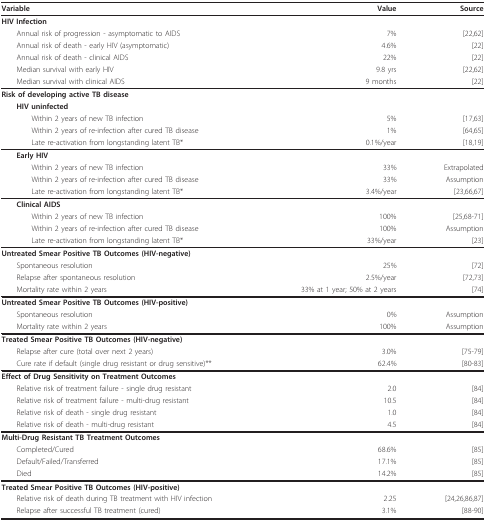
<table><thead><tr><td><b>Variable</b></td><td><b>Value</b></td><td><b>Source</b></td></tr></thead><tbody><tr><td><b>HIV Infection</b></td><td></td><td></td></tr><tr><td> Annual risk of progression - asymptomatic to AIDS</td><td>7%</td><td>[22,62]</td></tr><tr><td> Annual risk of death - early HIV (asymptomatic)</td><td>4.6%</td><td>[22]</td></tr><tr><td> Annual risk of death - clinical AIDS</td><td>22%</td><td>[22]</td></tr><tr><td> Median survival with early HIV</td><td>9.8 yrs</td><td>[22,62]</td></tr><tr><td> Median survival with clinical AIDS</td><td>9 months</td><td>[22]</td></tr><tr><td><b>Risk of developing active TB disease</b></td><td></td><td></td></tr><tr><td> <b>HIV uninfected</b></td><td></td><td></td></tr><tr><td>Within 2 years of new TB infection</td><td>5%</td><td>[17,63]</td></tr><tr><td>Within 2 years of re-infection after cured TB disease</td><td>1%</td><td>[64,65]</td></tr><tr><td>Late re-activation from longstanding latent TB*</td><td>0.1%/year</td><td>[18,19]</td></tr><tr><td> <b>Early HIV</b></td><td></td><td></td></tr><tr><td>Within 2 years of new TB infection</td><td>33%</td><td>Extrapolated</td></tr><tr><td>Within 2 years of re-infection after cured TB disease</td><td>33%</td><td>Assumption</td></tr><tr><td>Late re-activation from longstanding latent TB*</td><td>3.4%/year</td><td>[23,66,67]</td></tr><tr><td> <b>Clinical AIDS</b></td><td></td><td></td></tr><tr><td>Within 2 years of new TB infection</td><td>100%</td><td>[25,68-71]</td></tr><tr><td>Within 2 years of re-infection after cured TB disease</td><td>100%</td><td>Assumption</td></tr><tr><td>Late re-activation from longstanding latent TB*</td><td>33%/year</td><td>[23]</td></tr><tr><td><b>Untreated Smear Positive TB Outcomes (HIV-negative)</b></td><td></td><td></td></tr><tr><td> Spontaneous resolution</td><td>25%</td><td>[72]</td></tr><tr><td> Relapse after spontaneous resolution</td><td>2.5%/year</td><td>[72,73]</td></tr><tr><td> Mortality rate within 2 years</td><td>33% at 1 year; 50% at 2 years</td><td>[74]</td></tr><tr><td><b>Untreated Smear Positive TB Outcomes (HIV-positive)</b></td><td></td><td></td></tr><tr><td> Spontaneous resolution</td><td>0%</td><td>Assumption</td></tr><tr><td> Mortality rate within 2 years</td><td>100%</td><td>Assumption</td></tr><tr><td><b>Treated Smear Positive TB Outcomes (HIV-negative)</b></td><td></td><td></td></tr><tr><td> Relapse after cure (total over next 2 years)</td><td>3.0%</td><td>[75-79]</td></tr><tr><td> Cure rate if default (single drug resistant or drug sensitive)**</td><td>62.4%</td><td>[80-83]</td></tr><tr><td><b>Effect of Drug Sensitivity on Treatment Outcomes</b></td><td></td><td></td></tr><tr><td> Relative risk of treatment failure - single drug resistant</td><td>2.0</td><td>[84]</td></tr><tr><td> Relative risk of treatment failure - multi-drug resistant</td><td>10.5</td><td>[84]</td></tr><tr><td> Relative risk of death - single drug resistant</td><td>1.0</td><td>[84]</td></tr><tr><td> Relative risk of death - multi-drug resistant</td><td>4.5</td><td>[84]</td></tr><tr><td><b>Multi-Drug Resistant TB Treatment Outcomes</b></td><td></td><td></td></tr><tr><td> Completed/Cured</td><td>68.6%</td><td>[85]</td></tr><tr><td> Default/Failed/Transferred</td><td>17.1%</td><td>[85]</td></tr><tr><td> Died</td><td>14.2%</td><td>[85]</td></tr><tr><td><b>Treated Smear Positive TB Outcomes (HIV-positive)</b></td><td></td><td></td></tr><tr><td> Relative risk of death during TB treatment with HIV infection</td><td>2.25</td><td>[24,26,86,87]</td></tr><tr><td> Relapse after successful TB treatment (cured)</td><td>3.1%</td><td>[88-90]</td></tr></tbody></table>